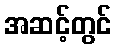
အဆင့်တွင်